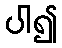
ပါ၍